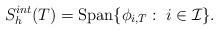
LaTeX: \begin{align*}S_h^{int}(T)=\textrm{Span}\{ \phi_{i,T}:\;i\in \mathcal{I} \}.\end{align*}